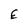
Character: E